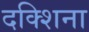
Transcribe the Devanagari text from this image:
दक्शिना